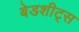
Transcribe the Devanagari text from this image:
बेडशीट्स